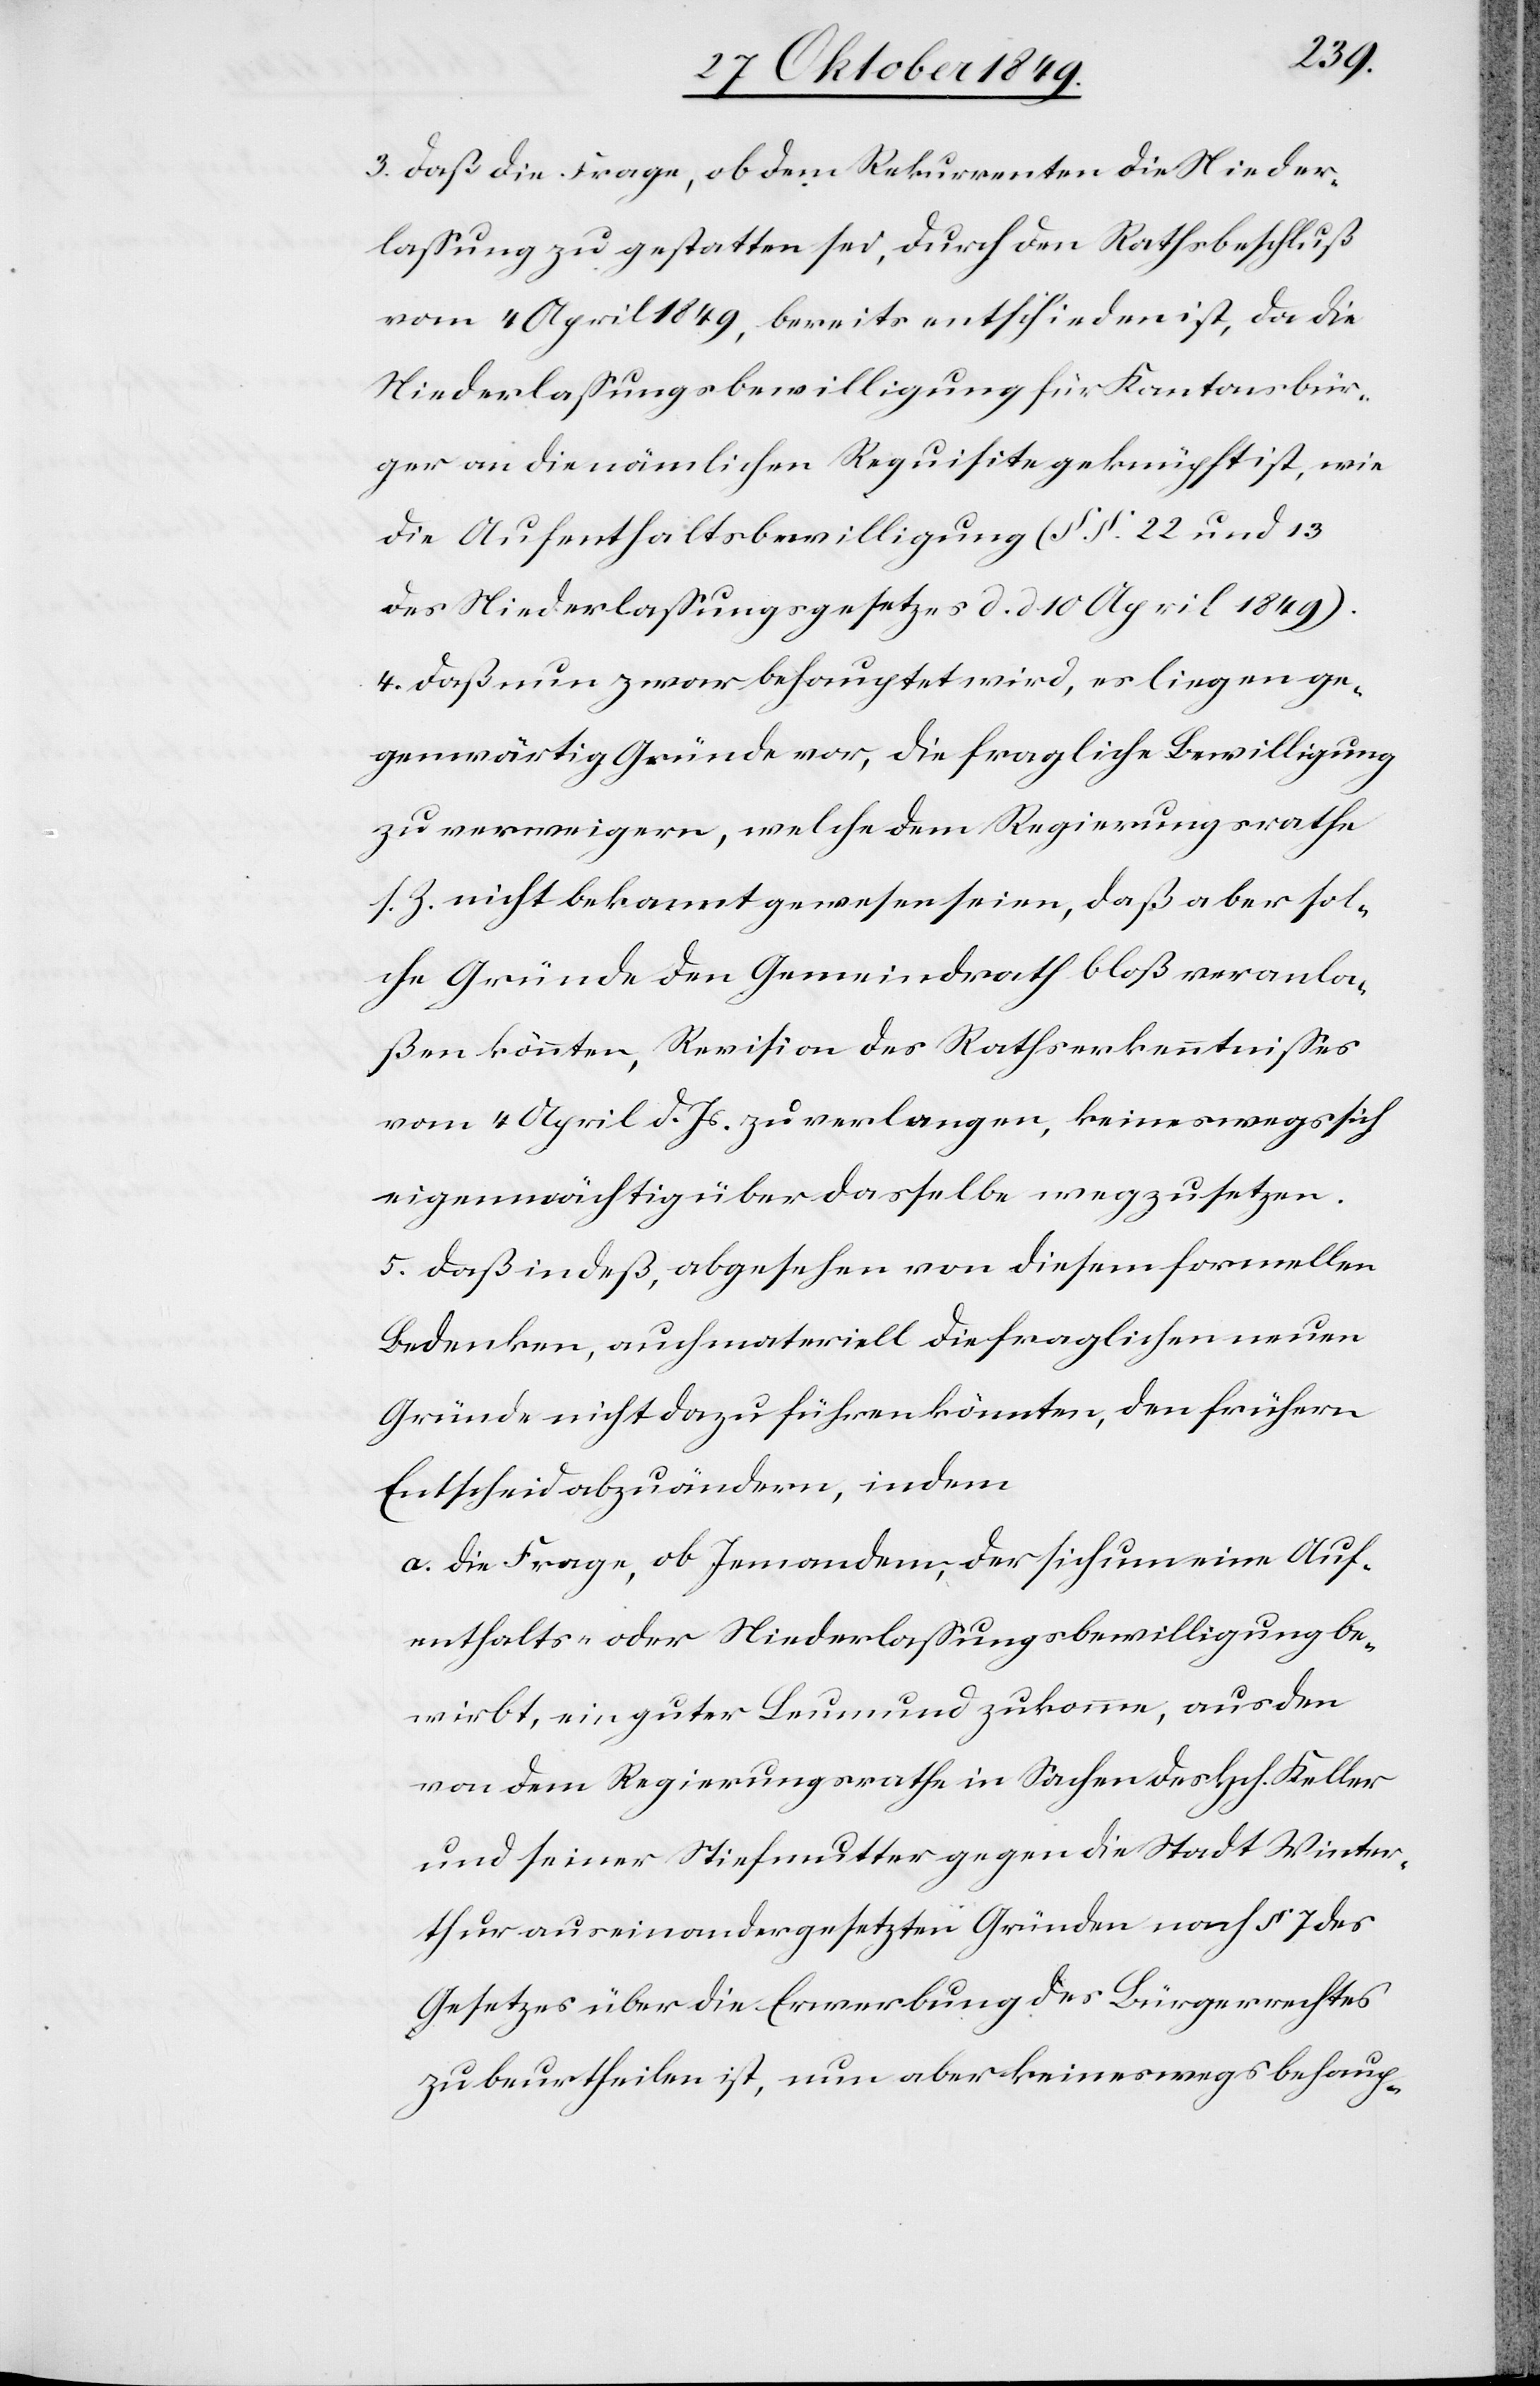
3. daß die Frage, ob dem Rekurrenten die Nieder¬
laßung zu gestatten sei, durch den Rathsbeschluß
vom 4 April 1849, bereits entschieden ist, da die
Niederlaßungsbewilligung für Kantonsbür¬
ger an die nämlichen Requisite geknüpft ist, wie
die Aufenthaltbewilligung (§§ 22 und 13
des Niederlaßungsgesetzes d. d. 10 April 1849).
4. daß nun zwar behauptet wird, es liegen ge¬
genwärtig Gründe vor, die fragliche Bewilligung
zu verweigern, welche dem Regierungsrathe
s. Z. nicht bekannt gewesen seien, daß aber sol¬
che Gründe den Gemeindrath bloß veranla¬
ßen könnten, Revision des Rathserkenntnißes
vom 4 April d. Js. zu verlangen, keineswegs sich
eigenmächtig über dasselbe wegzusetzen.
5. daß indeß, abgesehen von diesem formellen
Bedenken, auch materiell die fraglichen neuen
Gründe nicht dazu führen könnten, den frühern
Entscheid abzuändern, indem
a. die Frage, ob Jemandem, der sich um eine Auf¬
enthalts- oder Niederlaßungsbewilligung be¬
wirbt, ein guter Leumund zukomme, aus den
von dem Regierungsrathe in Sachen des Hch. Keller
und seiner Stiefmutter gegen die Stadt Winter¬
thur auseinandergesetzten Gründen nach § 7 des
Gesetzes über die Erwerbung des Bürgerrechtes
zu beurtheilen ist, nun aber keineswegs behaup-